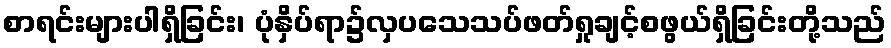
စာရင်းများပါရှိခြင်း၊ ပုံနှိပ်ရာ၌လှပသေသပ်ဖတ်ရှုချင့်စဖွယ်ရှိခြင်းတို့သည်